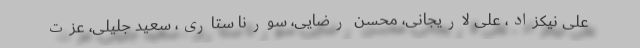
علی نیکزاد، علی لاریجانی، محسن رضایی، سورنا ستاری، سعید جلیلی، عزت